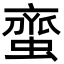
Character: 𮔰